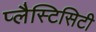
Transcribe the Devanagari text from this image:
प्लैस्टिसिटी